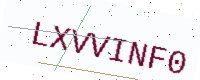
Text: LXVVINF0